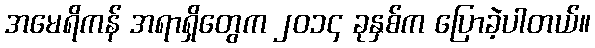
အမေရိကန် အရာရှိတွေက ၂၀၁၄ ခုနှစ်က ပြောခဲ့ပါတယ်။